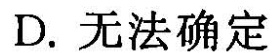
D.无法确定